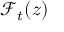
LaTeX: { \mathcal { F } } _ { t } ( z )